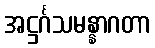
အဋ္ဌင်္ဂသမန္နာဂတာ